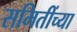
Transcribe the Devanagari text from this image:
समितींच्या